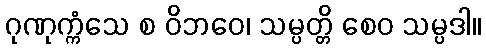
ဂုဏုက္ကံသေ စ ဝိဘဝေ၊ သမ္ပတ္တိ စေဝ သမ္ပဒါ။